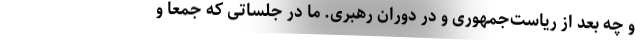
و چه بعد از ریاست‌جمهوری و در دوران رهبری. ما در جلساتی که جمعاً و